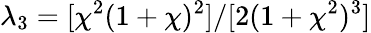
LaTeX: \lambda_{3}=[\chi^{2}(1+\chi)^{2}]/[2(1+\chi^{2})^{3}]